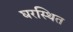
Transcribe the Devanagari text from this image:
घरस्थित